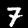
Label: 7